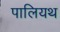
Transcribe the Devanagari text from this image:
पालियथ